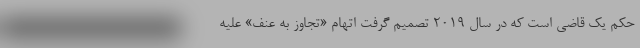
حکم یک قاضی است که در سال ۲۰۱۹ تصمیم گرفت اتهام «تجاوز به عنف» علیه